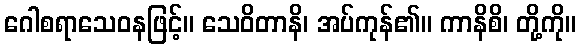
ဂေါစရာသေဝနဖြင့်။ သေဝိတာနိ၊ အပ်ကုန်၏။ ကာနိစိ၊ တို့ကို။